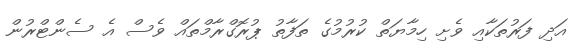
އަދި ފަރުތަކާއި ވެށި ހިމާޔަތް ކުރުމުގެ ތަފާތު ޕުރޮގްރާމްތައް ވެސް އެ ސެންޓްރުން